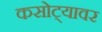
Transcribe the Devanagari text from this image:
कसोट्यावर